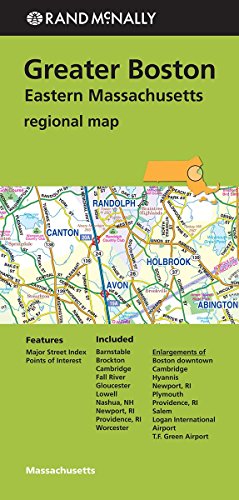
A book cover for Rand McNally Greater Boston Eastern Massachusetts Regional Map; Rand McNally; Travel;